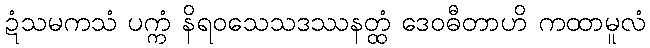
ဍံသမကသံ ပက္ကံ နိရဝသေသဒဿနတ္ထံ ဒေဝဓီတာဟိ ကထာမူလံ